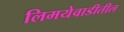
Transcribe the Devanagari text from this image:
लिमयेवाडीतील